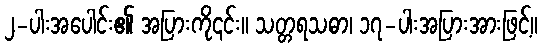
၂-ပါးအပေါင်း၏ အပြားကို၎င်း။ သတ္တရသဓာ၊ ၁၇-ပါးအပြားအားဖြင့်။